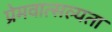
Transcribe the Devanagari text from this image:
प्रेमवात्सल्यता